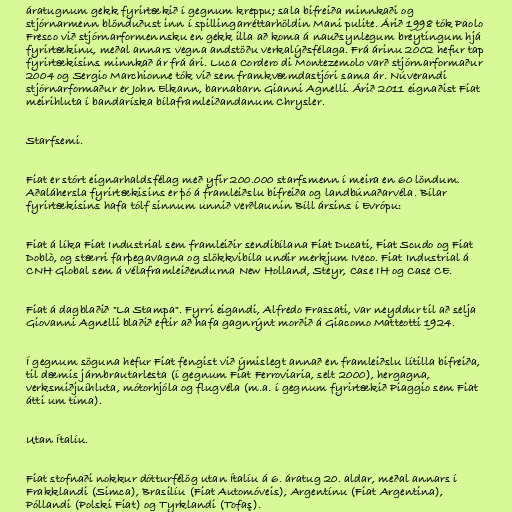
áratugnum gekk fyrirtækið í gegnum kreppu; sala bifreiða minnkaði og
stjórnarmenn blönduðust inn í spillingarréttarhöldin Mani pulite. Árið 1998 tók Paolo
Fresco við stjórnarformennsku en gekk illa að koma á nauðsynlegum breytingum hjá
fyrirtækinu, meðal annars vegna andstöðu verkalýðsfélaga. Frá árinu 2002 hefur tap
fyrirtækisins minnkað ár frá ári. Luca Cordero di Montezemolo varð stjórnarformaður
2004 og Sergio Marchionne tók við sem framkvæmdastjóri sama ár. Núverandi
stjórnarformaður er John Elkann, barnabarn Gianni Agnelli. Árið 2011 eignaðist Fiat
meirihluta í bandaríska bílaframleiðandanum Chrysler.

Starfsemi.

Fiat er stórt eignarhaldsfélag með yfir 200.000 starfsmenn í meira en 60 löndum.
Aðaláhersla fyrirtækisins er þó á framleiðslu bifreiða og landbúnaðarvéla. Bílar
fyrirtækisins hafa tólf sinnum unnið verðlaunin Bíll ársins í Evrópu:

Fiat á líka Fiat Industrial sem framleiðir sendibílana Fiat Ducati, Fiat Scudo og Fiat
Doblò, og stærri farþegavagna og slökkvibíla undir merkjum Iveco. Fiat Industrial á
CNH Global sem á vélaframleiðendurna New Holland, Steyr, Case IH og Case CE.

Fiat á dagblaðið "La Stampa". Fyrri eigandi, Alfredo Frassati, var neyddur til að selja
Giovanni Agnelli blaðið eftir að hafa gagnrýnt morðið á Giacomo Matteotti 1924.

Í gegnum söguna hefur Fiat fengist við ýmislegt annað en framleiðslu lítilla bifreiða,
til dæmis járnbrautarlesta (í gegnum Fiat Ferroviaria, selt 2000), hergagna,
verksmiðjuíhluta, mótorhjóla og flugvéla (m.a. í gegnum fyrirtækið Piaggio sem Fiat
átti um tíma).

Utan Ítalíu.

Fiat stofnaði nokkur dótturfélög utan Ítalíu á 6. áratug 20. aldar, meðal annars í
Frakklandi (Simca), Brasilíu (Fiat Automóveis), Argentínu (Fiat Argentina),
Póllandi (Polski Fiat) og Tyrklandi (Tofaş).